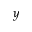
y